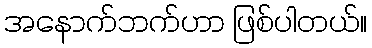
အနောက်ဘက်ဟာ ဖြစ်ပါတယ်။